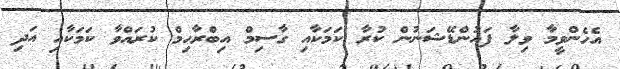
އެހެންވީމާ ވިލާ ފައުންޑޭޝަނުން ކުރާ ކަމަކާއި ގާސިމް އިބްރާހިމް ކުރައްވާ ކަމަކާއި އަދި